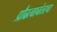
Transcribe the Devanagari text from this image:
प्रौढत्वानंतरचा